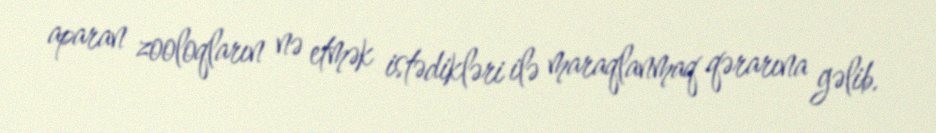
aparan zooloqların nə etmək istədikləri ilə maraqlanmaq qərarına gəlib.